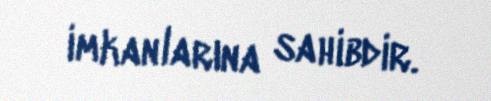
imkanlarına sahibdir.